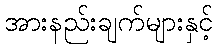
အားနည်းချက်များနှင့်